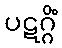
ပဋဂ္ဂိံ